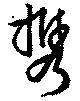
携